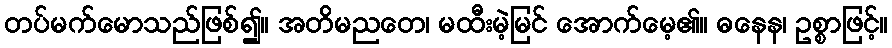
တပ်မက်မောသည်ဖြစ်၍။ အတိမညတေ၊ မထီးမဲ့မြင် အောက်မေ့၏။ ဓနေန၊ ဥစ္စာဖြင့်။